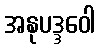
အနုပဒ္ဒဝေါ